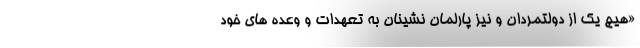
«هیچ یک از دولتمردان و نیز پارلمان نشینان به تعهدات و وعده های خود